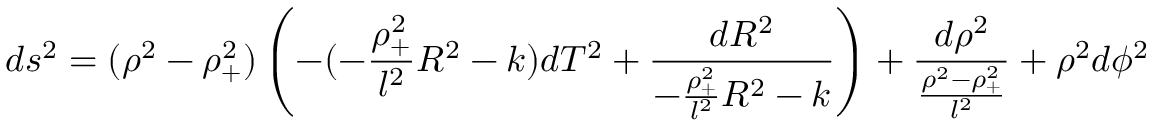
d s ^ { 2 } = ( \rho ^ { 2 } - \rho _ { + } ^ { 2 } ) \left( - ( - \frac { \rho _ { + } ^ { 2 } } { l ^ { 2 } } R ^ { 2 } - k ) d T ^ { 2 } + \frac { d R ^ { 2 } } { - \frac { \rho _ { + } ^ { 2 } } { l ^ { 2 } } R ^ { 2 } - k } \right) + \frac { d \rho ^ { 2 } } { \frac { \rho ^ { 2 } - \rho _ { + } ^ { 2 } } { l ^ { 2 } } } + \rho ^ { 2 } d \phi ^ { 2 }